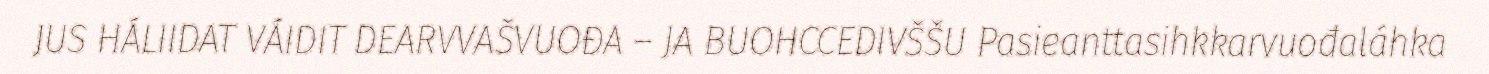
JUS HÁLIIDAT VÁIDIT DEARVVAŠVUOĐA – JA BUOHCCEDIVŠŠU Pasieanttasihkkarvuođaláhka